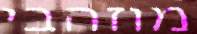
מוזהבי